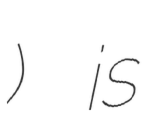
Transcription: Весёлый) is